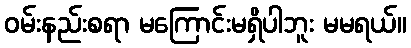
ဝမ်းနည်းစရာ မကြောင်းမရှိပါဘူး မမရယ်။